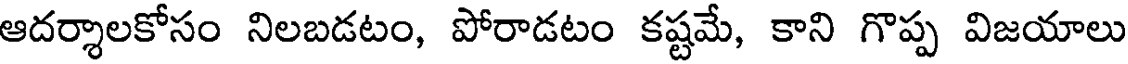
ఆదర్శాలకోసం నిలబడటం, పోరాడటం కష్టమే, కాని గొప్ప విజయాలు